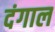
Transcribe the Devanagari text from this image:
दंगाल